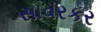
સાવરકર